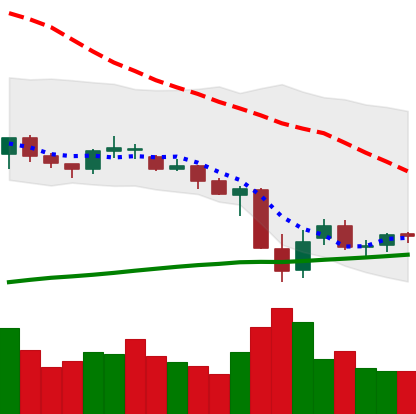
Ticker: XRP-USD
Chart end date: 2021-06-28
Forward return: 4.527%
Label: up_3_5